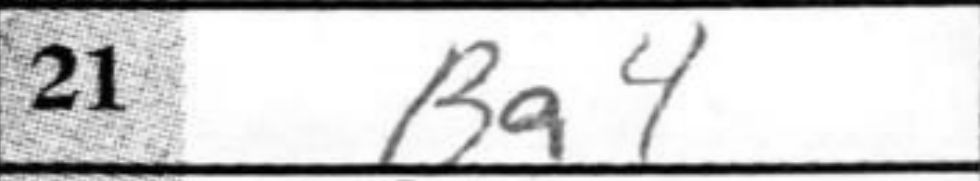
Transcription: Ba4